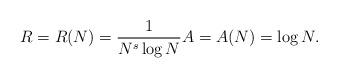
LaTeX: \begin{align*}R = R(N) = \frac{1}{N^s \log N}A = A(N) = \log N.\end{align*}